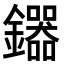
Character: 𮣦